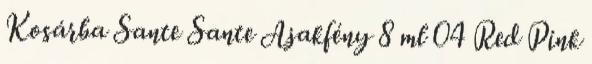
Kosárba Sante Sante Ajakfény 8 ml 04 Red Pink